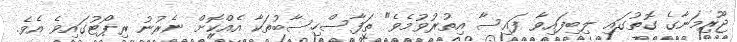
ޖޫރިމަނާގެ ގޮތުގައި ލިބިފައިވާ ފައިސާ އިތުރުވުމެވެ" ތަފާސްހިސާބުތަކާ އެއްކޮށް ނެރުނު ރިޕޯޓުގައިވެ އެވެ.